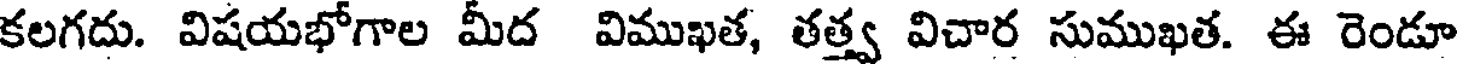
కలగదు. విషయభోగాల మీద విముఖత, తత్త్వ విచార సుముఖత. ఈ రెండూ